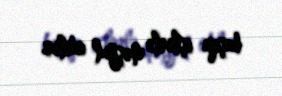
başqa işlərlə məşğul idilər.